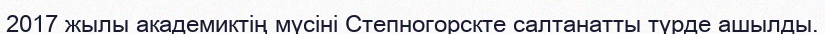
2017 жылы академиктің мүсіні Степногорскте салтанатты түрде ашылды.